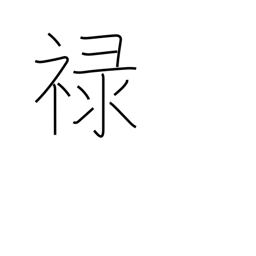
Meaning: fief